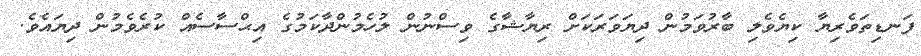
ފަނޑިތަވެރިޔާ ކިޔެވެލި ބާރުވަމުން ދިޔަވަރަކަށް ރިޔާޝާގެ ވިސްނުން ލުހެމުންދާކަމުގެ އިޙްސާސެއް ކުރެވެމުން ދިޔައެވެ.